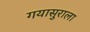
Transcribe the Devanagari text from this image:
गयासुराला